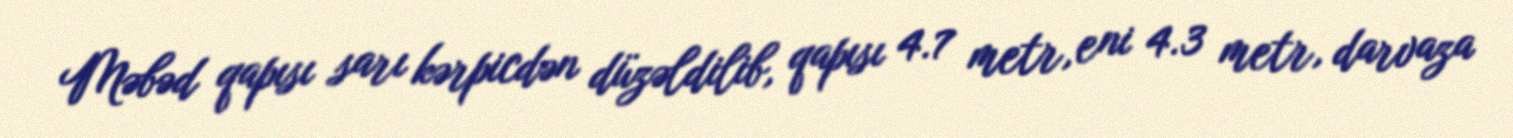
Məbəd qapısı sarı kərpicdən düzəldilib, qapısı 4.7 metr, eni 4.3 metr, darvaza